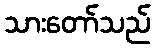
သားတော်သည်